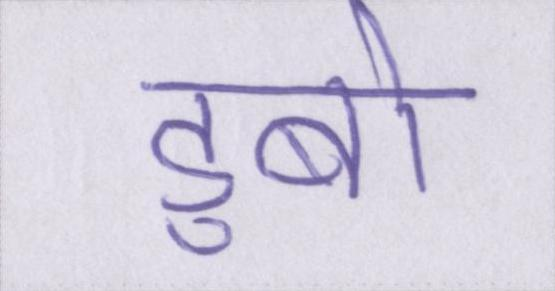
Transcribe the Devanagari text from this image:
डुबो